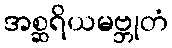
အစ္ဆရိယမဗ္ဘုတံ